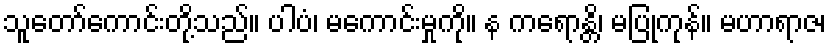
သူတော်ကောင်းတို့သည်။ ပါပံ၊ မကောင်းမှုကို။ န ကရောန္တိ၊ မပြုကုန်။ မဟာရာဇ၊